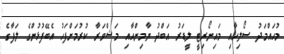
މުޙައްމަދު ސޯލިހާއި މައިނޯރިޓީ ލީޑަރު އަބްދު ޔާމިންއާއި މަޝްވަރާ ކުރުމަށްފަހު އެބޭފުޅުންގެ ލަފާގެ